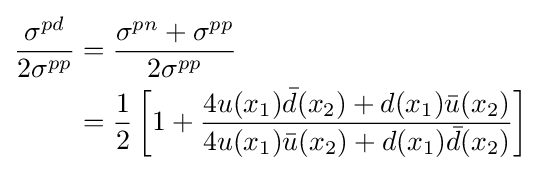
{\begin{aligned}{\frac {\sigma ^{pd}}{2\sigma ^{pp}}}&={\frac {\sigma ^{pn}+\sigma ^{pp}}{2\sigma ^{pp}}}\\&={\frac {1}{2}}\left[1+{\frac {4u(x_{1}){\bar {d}}(x_{2})+d(x_{1}){\bar {u}}(x_{2})}{4u(x_{1}){\bar {u}}(x_{2})+d(x_{1}){\bar {d}}(x_{2})}}\right]\end{aligned}}